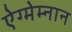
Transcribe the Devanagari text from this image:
ऐग्मेम्नान